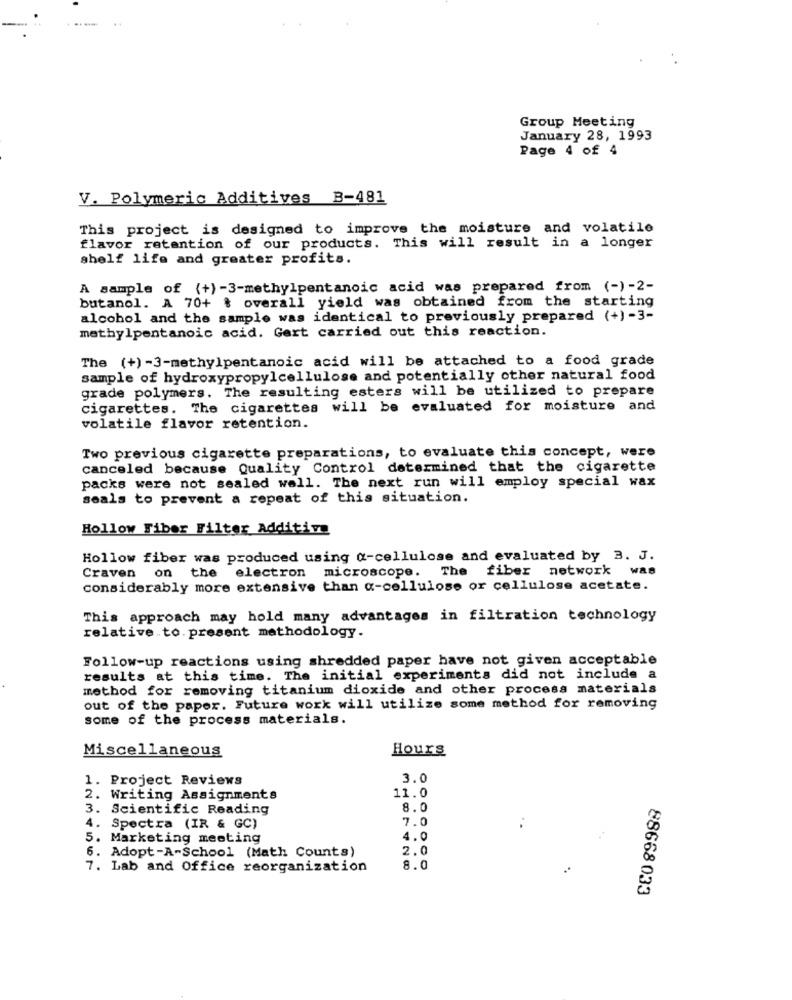
Group Meeting
January 28, 1993
Page 4 of 4
V. Polymeric Additives B-481
This project is designed to improve the moisture and volatile
flavor retention of our products. This will result in a longer
shelf life and greater profits.
A sample of (+)-3-methylpentanoic acid was prepared from (-) -2-
butanol. A 70+ % overall yield was obtained from the starting
alcohol and the sample was identical to previously prepared (+) -3-
methylpentanoic acid. Gert carried out this reaction.
The (+) -3-methylpentanoic acid will be attached to a food grade
sample of hydroxypropylcellulose and potentially other natural food
grade polymers. The resulting esters will be utilized to prepare
cigarettes. The cigarettes will be evaluated for moisture and
volatile flavor retention.
Two previous cigarette preparations, to evaluate this concept, were
canceled because Quality Control determined that the cigarette
packs were not sealed well. The next run will employ special wax
seals to prevent a repeat of this situation.
Hollow Fiber Filter Additive
Hollow fiber was produced using a-cellulose and evaluated by 3. J.
Craven on the electron microscope. The fiber network was
considerably more extensive than a-cellulose or cellulose acetate.
This approach may hold many advantages in filtration technology
relative to. present methodology.
Follow-up reactions using shredded paper have not given acceptable
results at this time. The initial experiments did not include a
method for removing titanium dioxide and other process materials
out of the paper. Future work will utilize some method for removing
some of the process materials.
Miscellaneous
Hours
1. Project Reviews
3.0
2. Writing Assignments
11.0
3. Scientific Reading
8.0
7.0
4. Spectra (IR & GC)
5. Marketing meeting
4.0
2.0
6. Adopt-A-School (Math Counts)
7. Lab and Office reorganization
8.0
88668 033